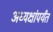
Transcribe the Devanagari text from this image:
अध्यक्षांपर्यंत